Report on vaccination in the Province of Bengal - 1869-1873
Year: 1869
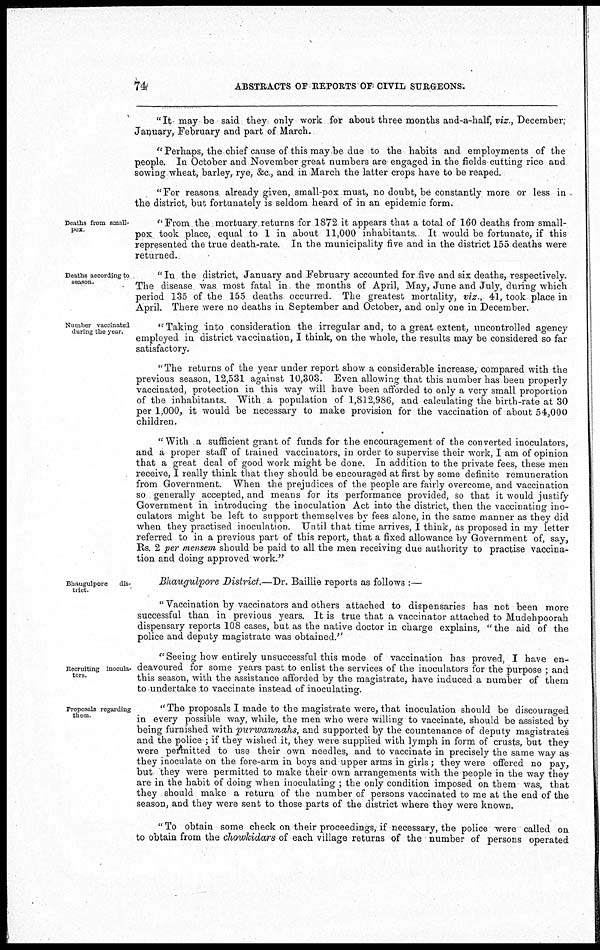
74
ABSTRACTS OF REPORTS OF CIVIL SURGEONS.
"It may be said they only work for about three months and-a-half, viz., December,
January, February and part of March.
" Perhaps, the chief cause of this may be due to the habits and employments of the
people. In October and November great numbers are engaged in the fields cutting rice and
sowing wheat, barley, rye, &c., and in March the latter crops have to be reaped.
"For reasons already given, small-pox must, no doubt, be constantly more or less in
the district, but fortunately is seldom heard of in an epidemic form.
Deaths from small-
pox.
"From the mortuary returns for 1872 it appears that a total of 160 deaths from small-
pox took place, equal to 1 in about 11,000 inhabitants. It would be fortunate, if this
represented the true death-rate. In the municipality five and in the district 155 deaths were
returned.
Deaths according to
season.
" In the district, January and February accounted for five and six deaths, respectively.
The disease was most fatal in the months of April, May, June and July, during which
period 135 of the 155 deaths occurred. The greatest mortality, viz., 41, took place in
April. There were no deaths in September and October, and only one in December.
Number vaccinated
during the year.
"Taking into consideration the irregular and, to a great extent, uncontrolled agency
employed in district vaccination, I think, on the whole, the results may be considered so far
satisfactory.
"The returns of the year under report show a considerable increase, compared with the
previous season, 12,531 against 10,303. Even allowing that this number has been properly
vaccinated, protection in this way will have been afforded to only a very small proportion
of the inhabitants. With a population of 1,812,986, and calculating the birth-rate at 30
per 1,000, it would be necessary to make provision for the vaccination of about 54,000
children.
" With a sufficient grant of funds for the encouragement of the converted inoculators,
and a proper staff of trained vaccinators, in order to supervise their work, I am of opinion
that a great deal of good work might be done. In addition to the private fees, these men
receive, I really think that they should be encouraged at first by some definite remuneration
from Government. When the prejudices of the people are fairly overcome, and vaccination
so generally accepted, and means for its performance provided, so that it would justify
Government in introducing the inoculation Act into the district, then the vaccinating ino-
culators might be left to support themselves by fees alone, in the same manner as they did
when they practised inoculation. Until that time arrives, I think, as proposed in my letter
referred to in a previous part of this report, that a fixed allowance by Government of, say,
Rs. 2 per mensem should be paid to all the men receiving due authority to practise vaccina-
tion and doing approved work."
Bhaugulpore
dis-
trict.
Bhaugulpore District—Dr. Baillie reports as follows :—
" Vaccination by vaccinators and others attached to dispensaries has not been more
successful than in previous years. It is true that a vaccinator attached to Mudehpoorah
dispensary reports 108 cases, but as the native doctor in charge explains, " the aid of the
police and deputy magistrate was obtained."
Recruiting inocula-
tors.
"Seeing how entirely unsuccessful this mode of vaccination has proved, I have en-
deavoured for some years past to enlist the services of the inoculators for the purpose ; and
this season, with the assistance afforded by the magistrate, have induced a number of them
to undertake to vaccinate instead of inoculating.
Proposals regarding
them.
" The proposals I made to the magistrate were, that inoculation should be discouraged
in every possible way, while, the men who were willing to vaccinate, should be assisted by
being furnished with purwannahs, and supported by the countenance of deputy magistrates
and the police ; if they wished it, they were supplied with lymph in form of crusts, but they
were permitted to use their own needles, and to vaccinate in precisely the same way as
they inoculate on the fore-arm in boys and upper arms in girls; they were offered no pay,
but they were permitted to make their own arrangements with the people in the way they
are in the habit of doing when inoculating ; the only condition imposed on them was, that
they should make a return of the number of persons vaccinated to me at the end of the
season, and they were sent to those parts of the district where they were known.
" To obtain some check on their proceedings, if necessary, the police were called on
to obtain from the chowkidars of each village returns of the number of persons operated